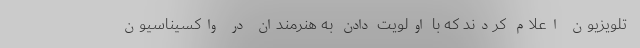
تلویزیون اعلام کردند که با اولویت دادن به هنرمندان در واکسیناسیون